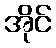
အိုင်